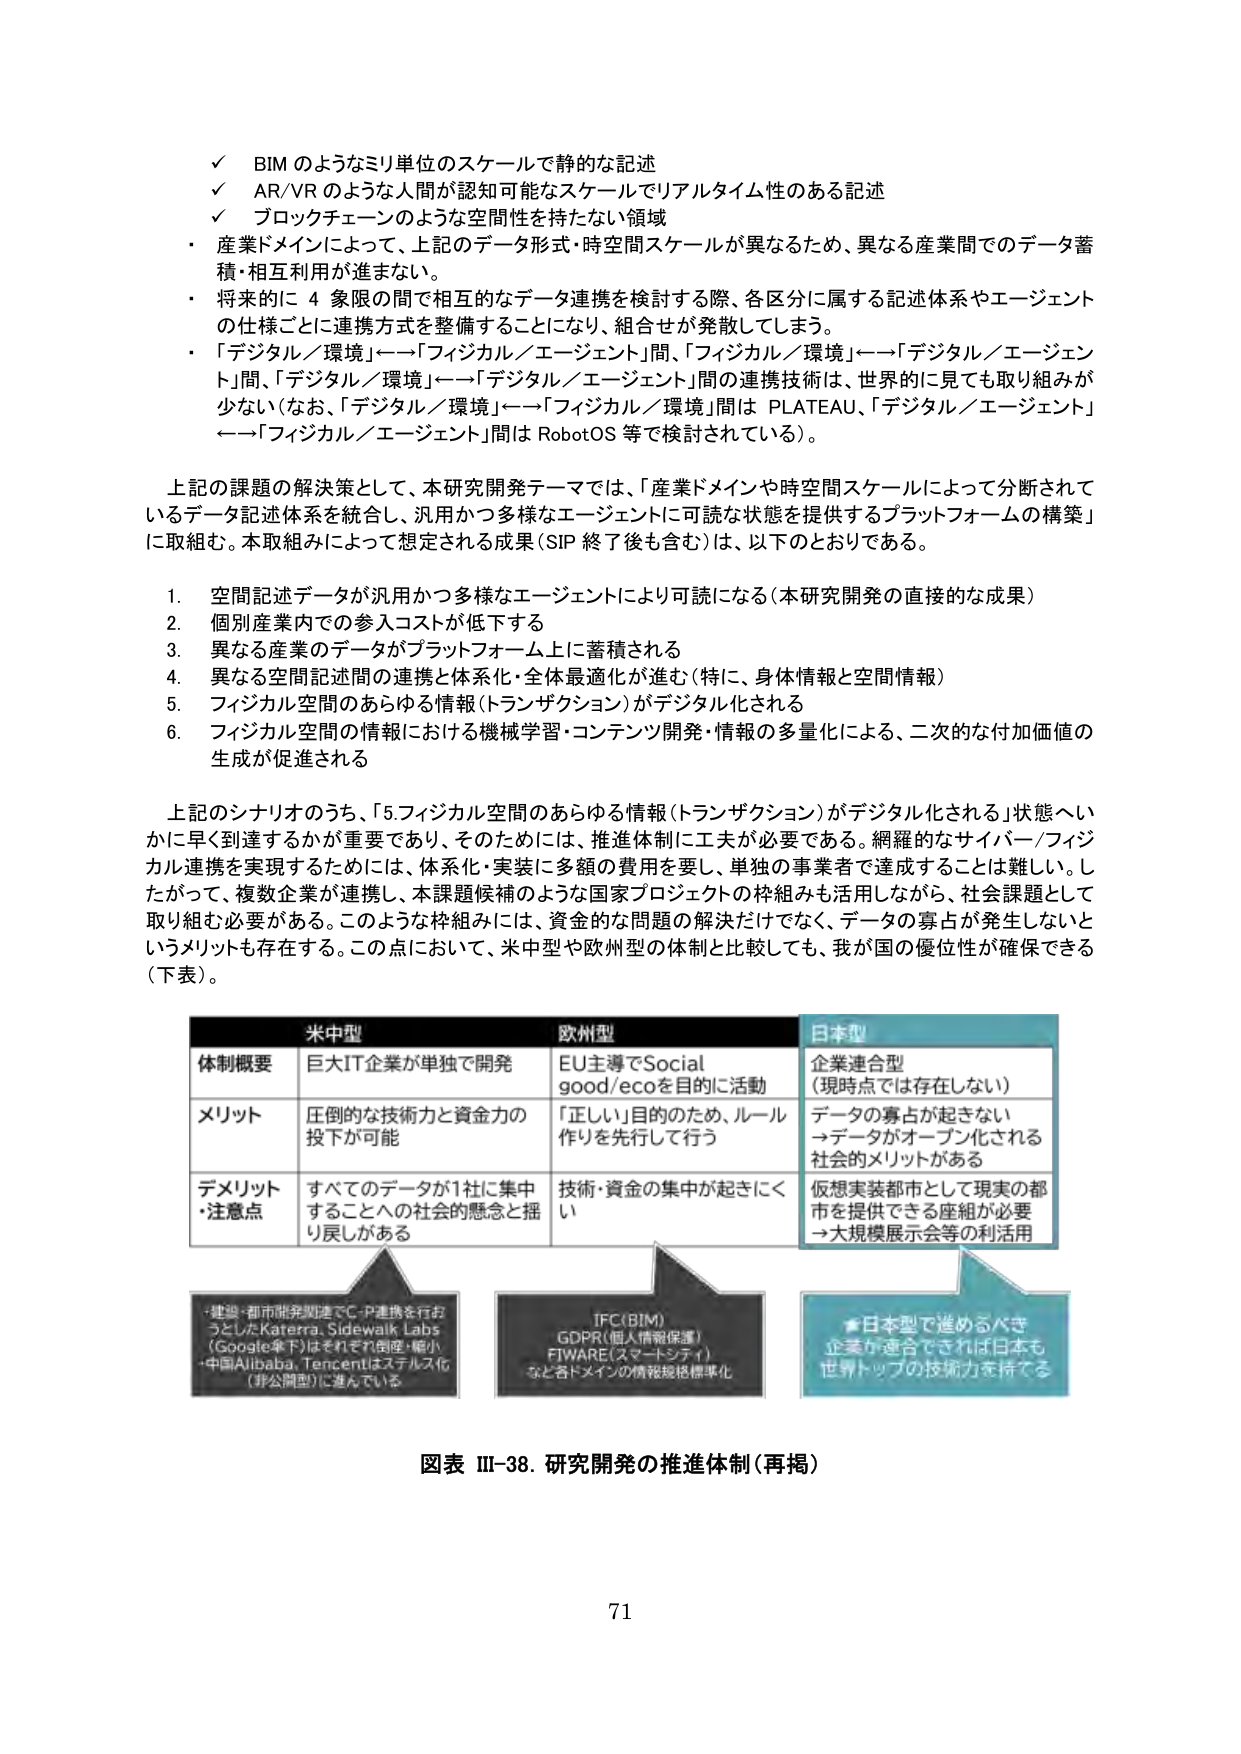
✓ BIM のようなミリ単位のスケールで静的な記述
✓ AR/VR のような人間が認知可能なスケールでリアルタイム性のある記述
✓ ブロックチェーンのような空間性を持たない領域

・産業ドメインによって、上記のデータ形式・時空間スケールが異なるため、異なる産業間でのデータ蓄積・相互利用が進まない。
・将来的に 4 象限の間で相互的なデータ連携を検討する際、各区分に属する記述体系やエージェントの仕様ごとに連携方式を整備することになり、組合せが発散してしまう。
・「デジタル／環境」←→「フィジカル／エージェント」間、「フィジカル／環境」←→「デジタル／エージェント」間、「デジタル／環境」←→「デジタル／エージェント」間の連携技術は、世界的に見ても取り組みが少ない（なお、「デジタル／環境」←→「フィジカル／環境」間は PLATEAU、「デジタル／エージェント」←→「フィジカル／エージェント」間は RobotOS 等で検討されている）。

上記の課題の解決策として、本研究開発テーマでは、「産業ドメインや時空間スケールによって分断されているデータ記述体系を統合し、汎用かつ多様なエージェントに可読な状態を提供するプラットフォームの構築」に取組む。本取組みによって想定される成果（SIP 終了後も含む）は、以下のとおりである。

1. 空間記述データが汎用かつ多様なエージェントにより可読になる（本研究開発の直接的な成果）
2. 個別産業内での参入コストが低下する
3. 異なる産業のデータがプラットフォーム上に蓄積される
4. 異なる空間記述間の連携と体系化・全体最適化が進む（特に、身体情報と空間情報）
5. フィジカル空間のあらゆる情報（トランザクション）がデジタル化される
6. フィジカル空間の情報における機械学習・コンテンツ開発・情報の多重化による、二次的な付加価値の生成が促進される

上記のシナリオのうち、「5.フィジカル空間のあらゆる情報（トランザクション）がデジタル化される」状態へいかに早く到達するかが重要であり、そのためには、推進体制に工夫が必要である。網羅的なサイバー／フィジカル連携を実現するためには、体系化・実装に多額の費用を要し、単独の事業者で達成することは難しい。したがって、複数企業が連携し、本課題候補のような国家プロジェクトの枠組みも活用しながら、社会課題として取り組む必要がある。このような枠組みには、資金的な問題の解決だけでなく、データの寡占が発生しないというメリットも存在する。この点において、米中型や欧州型の体制と比較しても、我が国の優位性が確保できる（下表）。

| | 米中型 | 欧州型 | 日本型 |
|---|---|---|---|
| 体制概要 | 巨大IT企業が単独で開発 | EU主導でSocial good/ecoを目的に活動 | 企業連合型（現時点では存在しない） |
| メリット | 圧倒的な技術力と資金力の投下が可能 | 「正しい」目的のため、ルール作りを先行して行う | データの寡占が起きない →データがオープン化される社会的メリットがある |
| デメリット・注意点 | すべてのデータが1社に集中することへの社会的懸念と揺り戻しがある | 技術・資金の集中が起きにくい | 仮想実装都市として現実の都市を提供できる座組が必要 →大規模展示会等の利活用 |

・建設・都市開発関連でC-P連携を行おうとしたKatera, Sidewalk Labs（Google傘下）はそれぞれ倒産・縮小
・中国Alibaba, Tencentはステルス化（非公開型）に進んでいる

IFC(BIM)
GDPR(個人情報保護)
FIWARE(スマートシティ)
など各ドメインの情報規格標準化

★日本型で進めるべき
企業が連合できれば日本も世界トップの技術力を持てる

図表 III-38. 研究開発の推進体制（再掲）

71